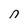
Character: n